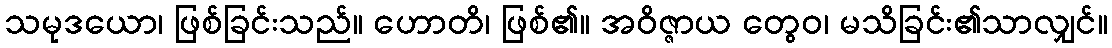
သမုဒယော၊ ဖြစ်ခြင်းသည်။ ဟောတိ၊ ဖြစ်၏။ အဝိဇ္ဇာယ တွေဝ၊ မသိခြင်း၏သာလျှင်။